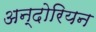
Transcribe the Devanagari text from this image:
अन्दोरियन